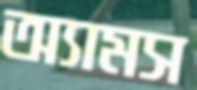
অ্যামস